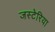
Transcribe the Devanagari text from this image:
जस्टेरिया